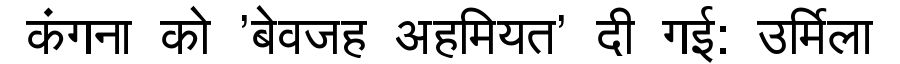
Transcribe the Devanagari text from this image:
कंगना को 'बेवजह अहमियत' दी गई: उर्मिला